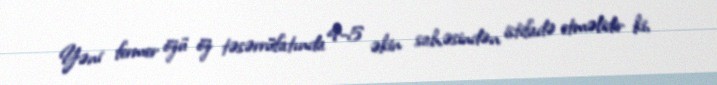
Yəni fermer özü öz təsərrüfatında 4-5 əkin sahəsindən istifadə etməlidir ki,